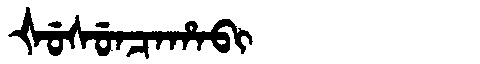
Manchu: ᡧᡠᠰᡠᠨᠴᠠᡥᠠᠪᡳ
Romanization: ŠUSUNCAHABI